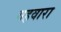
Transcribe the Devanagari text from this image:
गहवारा